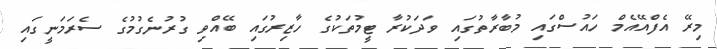
މިރޭ އެފްއޭއެމް ހައުސްގައި މުބާރާތުގައި ވަދަކުރާ ޓީމުތަކުގެ ހާޒިރުގައި ބޭއްވި ގުރުނެގުމުގެ ސެރަމަނީގައި